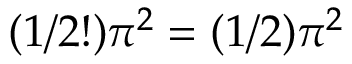
( 1 / 2 ! ) \pi ^ { 2 } = ( 1 / 2 ) \pi ^ { 2 }